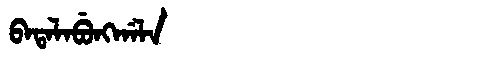
Manchu: ᠪᠠᡨᠠᠯᠠᠪᡠᠩᡤᠠᠯᠠ
Romanization: BATALABUNGGALA